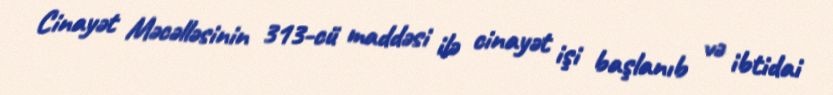
Cinayət Məcəlləsinin 313-cü maddəsi ilə cinayət işi başlanıb və ibtidai